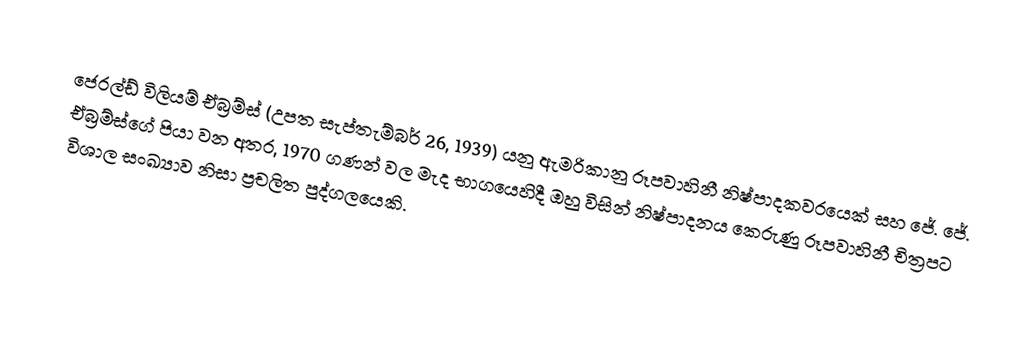
ජෙරල්ඩ් විලියම් ඒබ්‍රම්ස් (උපත සැප්තැම්බර් 26, 1939) යනු  ඇමරිකානු රූපවාහිනී නිෂ්පාදකවරයෙක් සහ   ජේ. ජේ. ඒබ්‍රම්ස්ගේ පියා වන අතර, 1970 ගණන් වල මැද භාගයෙහිදී ඔහු විසින් නිෂ්පාදනය කෙරුණු රූපවාහිනී චිත්‍රපට විශාල සංඛ්‍යාව නිසා ප්‍රචලිත පුද්ගලයෙකි.